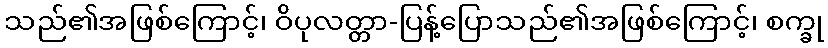
သည်၏အဖြစ်ကြောင့်၊ ဝိပုလတ္တာ-ပြန့်ပြောသည်၏အဖြစ်ကြောင့်၊ စက္ခု